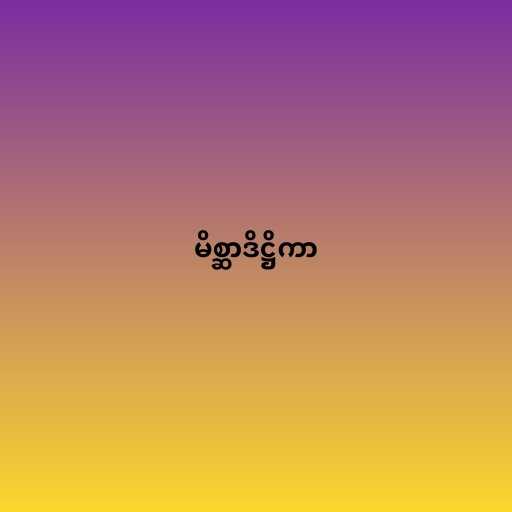
မိစ္ဆာဒိဋ္ဌိကာ